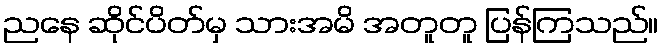
ညနေ ဆိုင်ပိတ်မှ သားအမိ အတူတူ ပြန်ကြသည်။